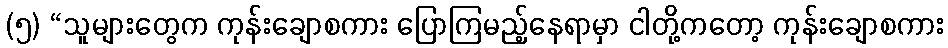
(၅) “သူများတွေက ကုန်းချောစကား ပြောကြမည့်နေရာမှာ ငါတို့ကတော့ ကုန်းချောစကား